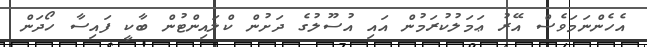
އެހެންނަމަވެސް އޭރު ޢަމަލުކުރަމުން އައި އުސޫލުގެ ދަށުން ކްލައިންޓުން ބާކީ ފައިސާ ހޯދަން